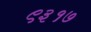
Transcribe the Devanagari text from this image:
९३१७